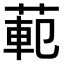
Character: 𫈣